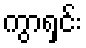
ကွာရှင်း